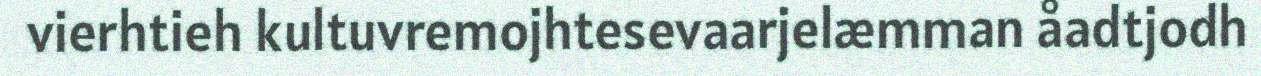
vierhtieh kultuvremojhtesevaarjelæmman åadtjodh